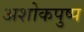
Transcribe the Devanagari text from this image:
अशोकपुष्प